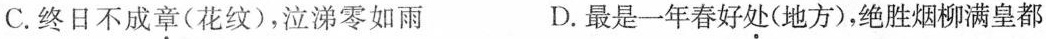
C.终日不成章(花纹)，泣涕零如雨 D.最是一年春好处(地方)，绝胜烟柳满皇都